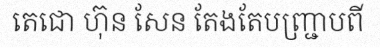
តេជោ ហ៊ុន សែន តែងតែបញ្ជ្រាបពី